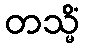
တသ္မိံ